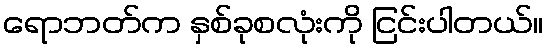
ရောဘတ်က နှစ်ခုစလုံးကို ငြင်းပါတယ်။